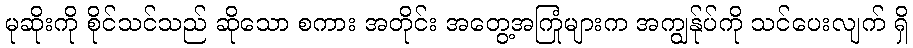
မုဆိုးကို စိုင်သင်သည် ဆိုသော စကား အတိုင်း အတွေ့အကြုံများက အကျွန်ုပ်ကို သင်ပေးလျက် ရှိ